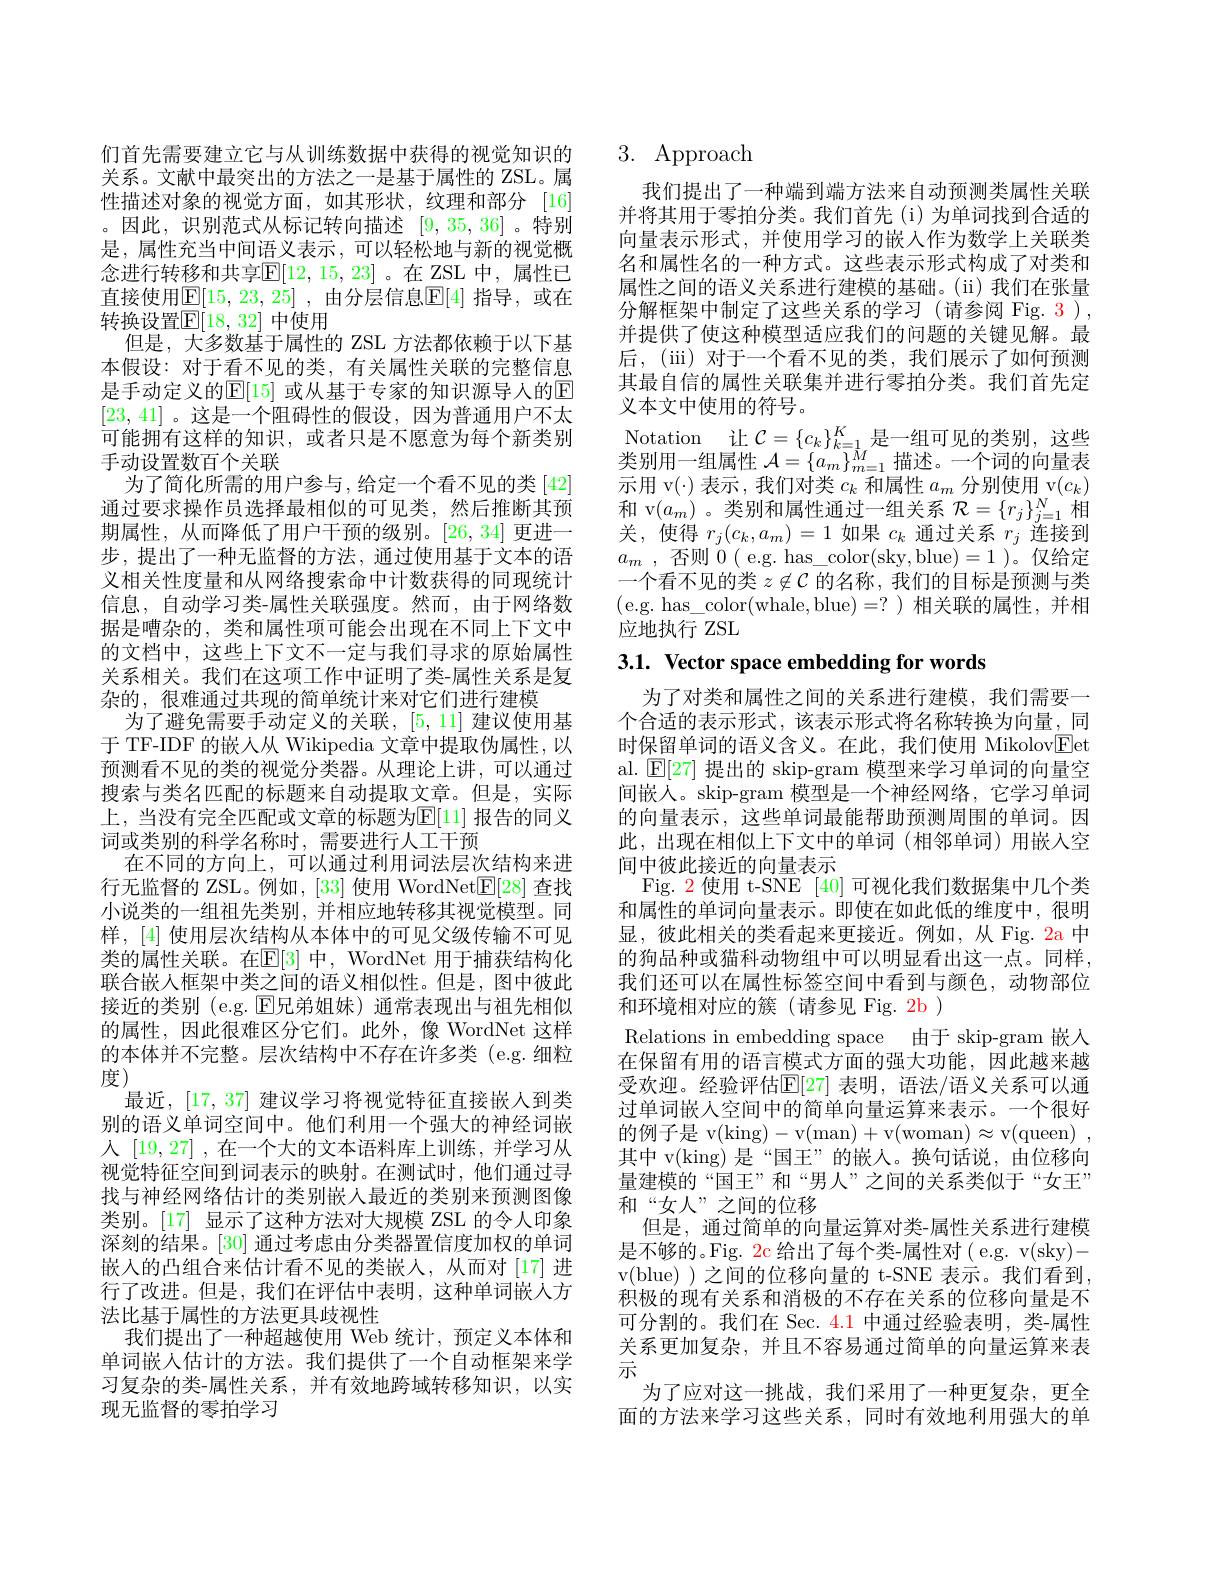
们首先需要建立它与从训练数据中获得的视觉知识的关系。文献中最突出的方法之一是基于属性的 ZSL。属性描述对象的视觉方面，如其形状，纹理和部分 [16] 。因此，识别范式从标记转向描述[9,35,36] 。特别是，属性充当中间语义表示，可以轻松地与新的视觉概念进行转移和共享$\mathbb{E}[12,15,23]$。在 ZSL 中，属性已直接使用$\mathbb{E} [ 15, 23, 25]$ , 由分层信息$\mathbb{E}[4]$ 指导，或在转换设置$\mathbb{E}[18,32]$ 中使用
但是，大多数基于属性的 ZSL 方法都依赖于以下基本假设：对于看不见的类，有关属性关联的完整信息是手动定义的$\mathbb{E}[15]$ 或从基于专家的知识源导人的$\mathbb{E}$ [23,41] 。这是一个阻碍性的假设，因为普通用户不太可能拥有这样的知识，或者只是不愿意为每个新类别手动设置数百个关联
为了简化所需的用户参与，给定一个看不见的类[42] 通过要求操作员选择最相似的可见类，然后推断其预期属性，从而降低了用户干预的级别。[26,34]更进一步，提出了一种无监督的方法，通过使用基于文本的语义相关性度量和从网络搜索命中计数获得的同现统计信息，自动学习类-属性关联强度。然而，由于网络数据是嘈杂的，类和属性项可能会出现在不同上下文中的文档中，这些上下文不一定与我们寻求的原始属性关系相关。我们在这项工作中证明了类-属性关系是复杂的，很难通过共现的简单统计来对它们进行建模
为了避免需要手动定义的关联，[5,11] 建议使用基于 TF-IDF 的嵌人从 Wikipedia 文章中提取伪属性，以预测看不见的类的视觉分类器。从理论上讲，可以通过搜索与类名匹配的标题来自动提取文章。但是，实际上，当没有完全匹配或文章的标题为$\mathbb{E}[11]$ 报告的同义词或类别的科学名称时，需要进行人工干预
在不同的方向上，可以通过利用词法层次结构来进行无监督的 ZSL。例如，[33] 使用 WordNet$\underline{\mathrm{E}}[28]$查找小说类的一组祖先类别，并相应地转移其视觉模型。同样，[4] 使用层次结构从本体中的可见父级传输不可见类的属性关联。在$\mathbb{E}[3]$ 中，WordNet 用于捕获结构化联合嵌人框架中类之间的语义相似性。但是，图中彼此接近的类别 (e.g. $\operatorname{E}$兄弟姐妹)通常表现出与祖先相似的属性，因此很难区分它们。此外，像 WordNet 这样的本体并不完整。层次结构中不存在许多类(e.g.细粒度)
最近，[17,37]建议学习将视觉特征直接嵌人到类别的语义单词空间中。他们利用一个强大的神经词嵌人[19,27] ,在一个大的文本语料库上训练，并学习从视觉特征空间到词表示的映射。在测试时，他们通过寻找与神经网络估计的类别嵌人最近的类别来预测图像类别。[17] 显示了这种方法对大规模 ZSL 的令人印象深刻的结果。[30]通过考虑由分类器置信度加权的单词嵌入的凸组合来估计看不见的类嵌人，从而对[17]进行了改进。但是，我们在评估中表明，这种单词嵌人方法比基于属性的方法更具歧视性
我们提出了一种超越使用 Web 统计，预定义本体和单词嵌人估计的方法。我们提供了一个自动框架来学习复杂的类-属性关系，并有效地跨域转移知识，以实现无监督的零拍学习

# 3. Approach

我们提出了一种端到端方法来自动预测类属性关联并将其用于零拍分类。我们首先(i)为单词找到合适的向量表示形式，并使用学习的嵌入作为数学上关联类名和属性名的一种方式。这些表示形式构成了对类和属性之间的语义关系进行建模的基础。(ii)我们在张量分解框架中制定了这些关系的学习(请参阅 Fig. 3), 并提供了使这种模型适应我们的问题的关键见解。最后，(iii)对于一个看不见的类，我们展示了如何预测其最自信的属性关联集并进行零拍分类。我们首先定义本文中使用的符号。
$\begin{array}{l}\text{Notation}&\text{让 }\mathcal{C}=\{c_k\}_{k=1}^K\text{是一组可见的类别，这些}\\\text{类别用一组属性 }\mathcal{A}=\{a_m\}_{m=1}^M\text{描述。一个词的向量表}\\\text{云田 }v()\text{ 丰云 我们对米 }a\text{ 和最性 }v(a\text{ 公司佈用 }v(a\:)\end{array}$ 示用 v(·) 表示，我们对类$c_k$和属性$a_m$分别使用 v$(c_k)$ 和 v$(a_m)$ 。类别和属性通过一组关系$\mathcal{R}=\{r_j\}_j=1^N$相关，使得$r_j(c_k,a_m)=1$如果$c_k$通过关系$r_j$连接到$a_m$ , 否 则 0 ( e. g. has$\_$color( sky, blue) = 1 ) 。仅 给 定 一个看不见的类$z\not\in\mathcal{C}$的名称 ,我们的目标是预测与类(e.g. has\_color(whale,blue)=?)相关联的属性，并相应地执行 ZSL

3.1. Vector space embedding for words

为了对类和属性之间的关系进行建模，我们需要一个合适的表示形式，该表示形式将名称转换为向量，同时保留单词的语义含义。在此，我们使用 Mikolov$\boxed{\mathrm{Fet}}$ al. $\mathbb{E}[27]$提出的 skip-gram 模型来学习单词的向量空间嵌入。skip-gram 模型是一个神经网络，它学习单词的向量表示，这些单词最能帮助预测周围的单词。因此，出现在相似上下文中的单词(相邻单词)用嵌入空间中彼此接近的向量表示
Fig. 2 使用 t-SNE [40] 可视化我们数据集中几个类和属性的单词向量表示。即使在如此低的维度中，很明显，彼此相关的类看起来更接近。例如，从 Fig. 2a 中的狗品种或猫科动物组中可以明显看出这一点。同样， 我们还可以在属性标签空间中看到与颜色，动物部位和环境相对应的簇(请参见 Fig. 2b )
Relations in embedding space 由于 skip-gram 嵌入在保留有用的语言模式方面的强大功能，因此越来越受欢迎。经验评估$\mathbb{E}[27]$ 表明，语法/语义关系可以通过单词嵌人空间中的简单向量运算来表示。一个很好的例子是 v(king)-v(man)+v(woman$)\approx$v(queen$)~$, 其中 v(king) 是“国王”的嵌人。换句话说，由位移向量建模的“国王”和“男人”之间的关系类似于“女王” 和“女人”之间的位移
但是，通过简单的向量运算对类-属性关系进行建模是不够的。Fig. $\color{red}{2c}$给出了每个类-属性对( e.g. v(sky)- v(blue) ) 之间的位移向量的 t-SNE 表示。我们看到积极的现有关系和消极的不存在关系的位移向量是不可分割的。我们在 Sec. 4.1 中通过经验表明，类-属性关系更加复杂，并且不容易通过简单的向量运算来表示
为了应对这一挑战，我们采用了一种更复杂，更全面的方法来学习这些关系，同时有效地利用强大的单